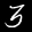
Label: 3